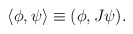
\begin{align*}\langle \phi, \psi \rangle \equiv (\phi, J\psi). \end{align*}